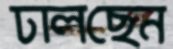
ঢালছেন